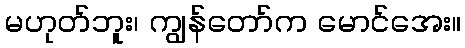
မဟုတ်ဘူး၊ ကျွန်တော်က မောင်အေး။